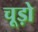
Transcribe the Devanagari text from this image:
चूड़ो